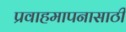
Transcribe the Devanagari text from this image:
प्रवाहमापनासाठी